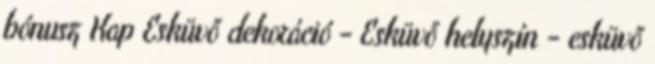
bónusz Kap Esküvő dekoráció - Esküvő helyszín - esküvő